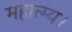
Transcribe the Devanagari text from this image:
महात्म्य।